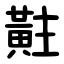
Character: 黈